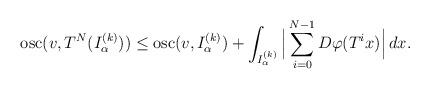
LaTeX: \begin{align*}\mathrm{osc}(v,T^N(I_\alpha^{(k)}))\leq \mathrm{osc}(v,I_\alpha^{(k)})+\int_{I_\alpha^{(k)}}\Big|\sum_{i=0}^{N-1}D\varphi(T^ix)\Big|\,dx.\end{align*}